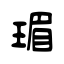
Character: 瑂